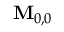
\mathbf { M } _ { 0 , 0 }